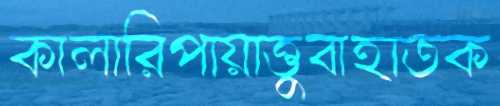
কালারিপায়াত্তুবাহাতক